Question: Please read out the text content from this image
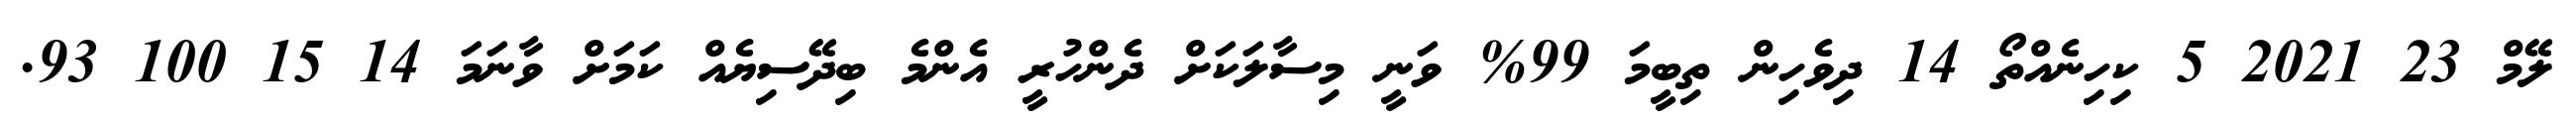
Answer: ލޭމް 23 2021 5 ކިހިނެއްތޯ 14 ދިވެހިން ތިބީމަ 99% ވަނީ މިސާލަކަށް ދެންހުރީ އެންމެ ބިދޭސިޔެއް ކަމަށް ވާނަމަ 14 15 100 93.